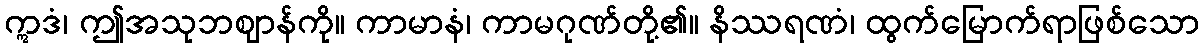
ဣဒံ၊ ဤအသုဘဈာန်ကို။ ကာမာနံ၊ ကာမဂုဏ်တို့၏။ နိဿရဏံ၊ ထွက်မြောက်ရာဖြစ်သော